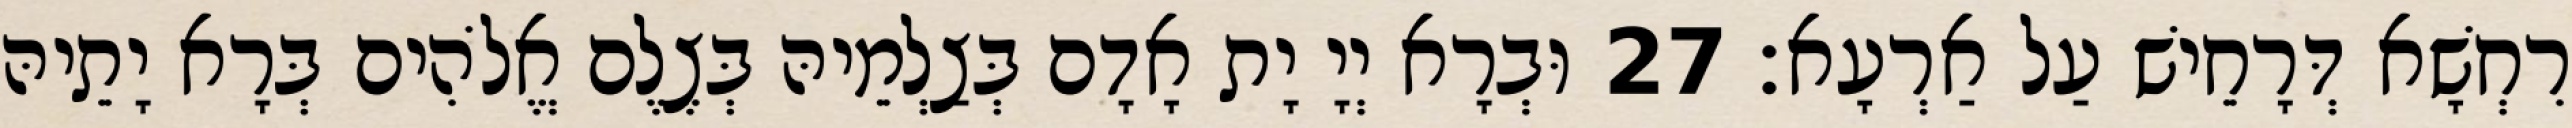
רִחְשָׁא דְּרָחֵישׁ עַל אַרְעָא׃ 27 וּבְרָא יְיָ יָת אָדָם בְּצַלְמֵיהּ בְּצֶלֶם אֱלֹהִים בְּרָא יָתֵיהּ